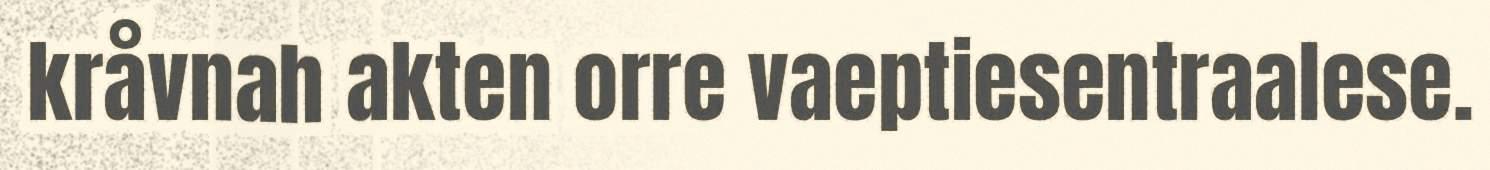
kråvnah akten orre vaeptiesentraalese.